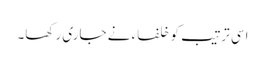
اسی ترتیب کو خلفاء نے جاری رکھا۔